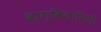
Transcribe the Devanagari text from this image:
वाग्विलासिनी